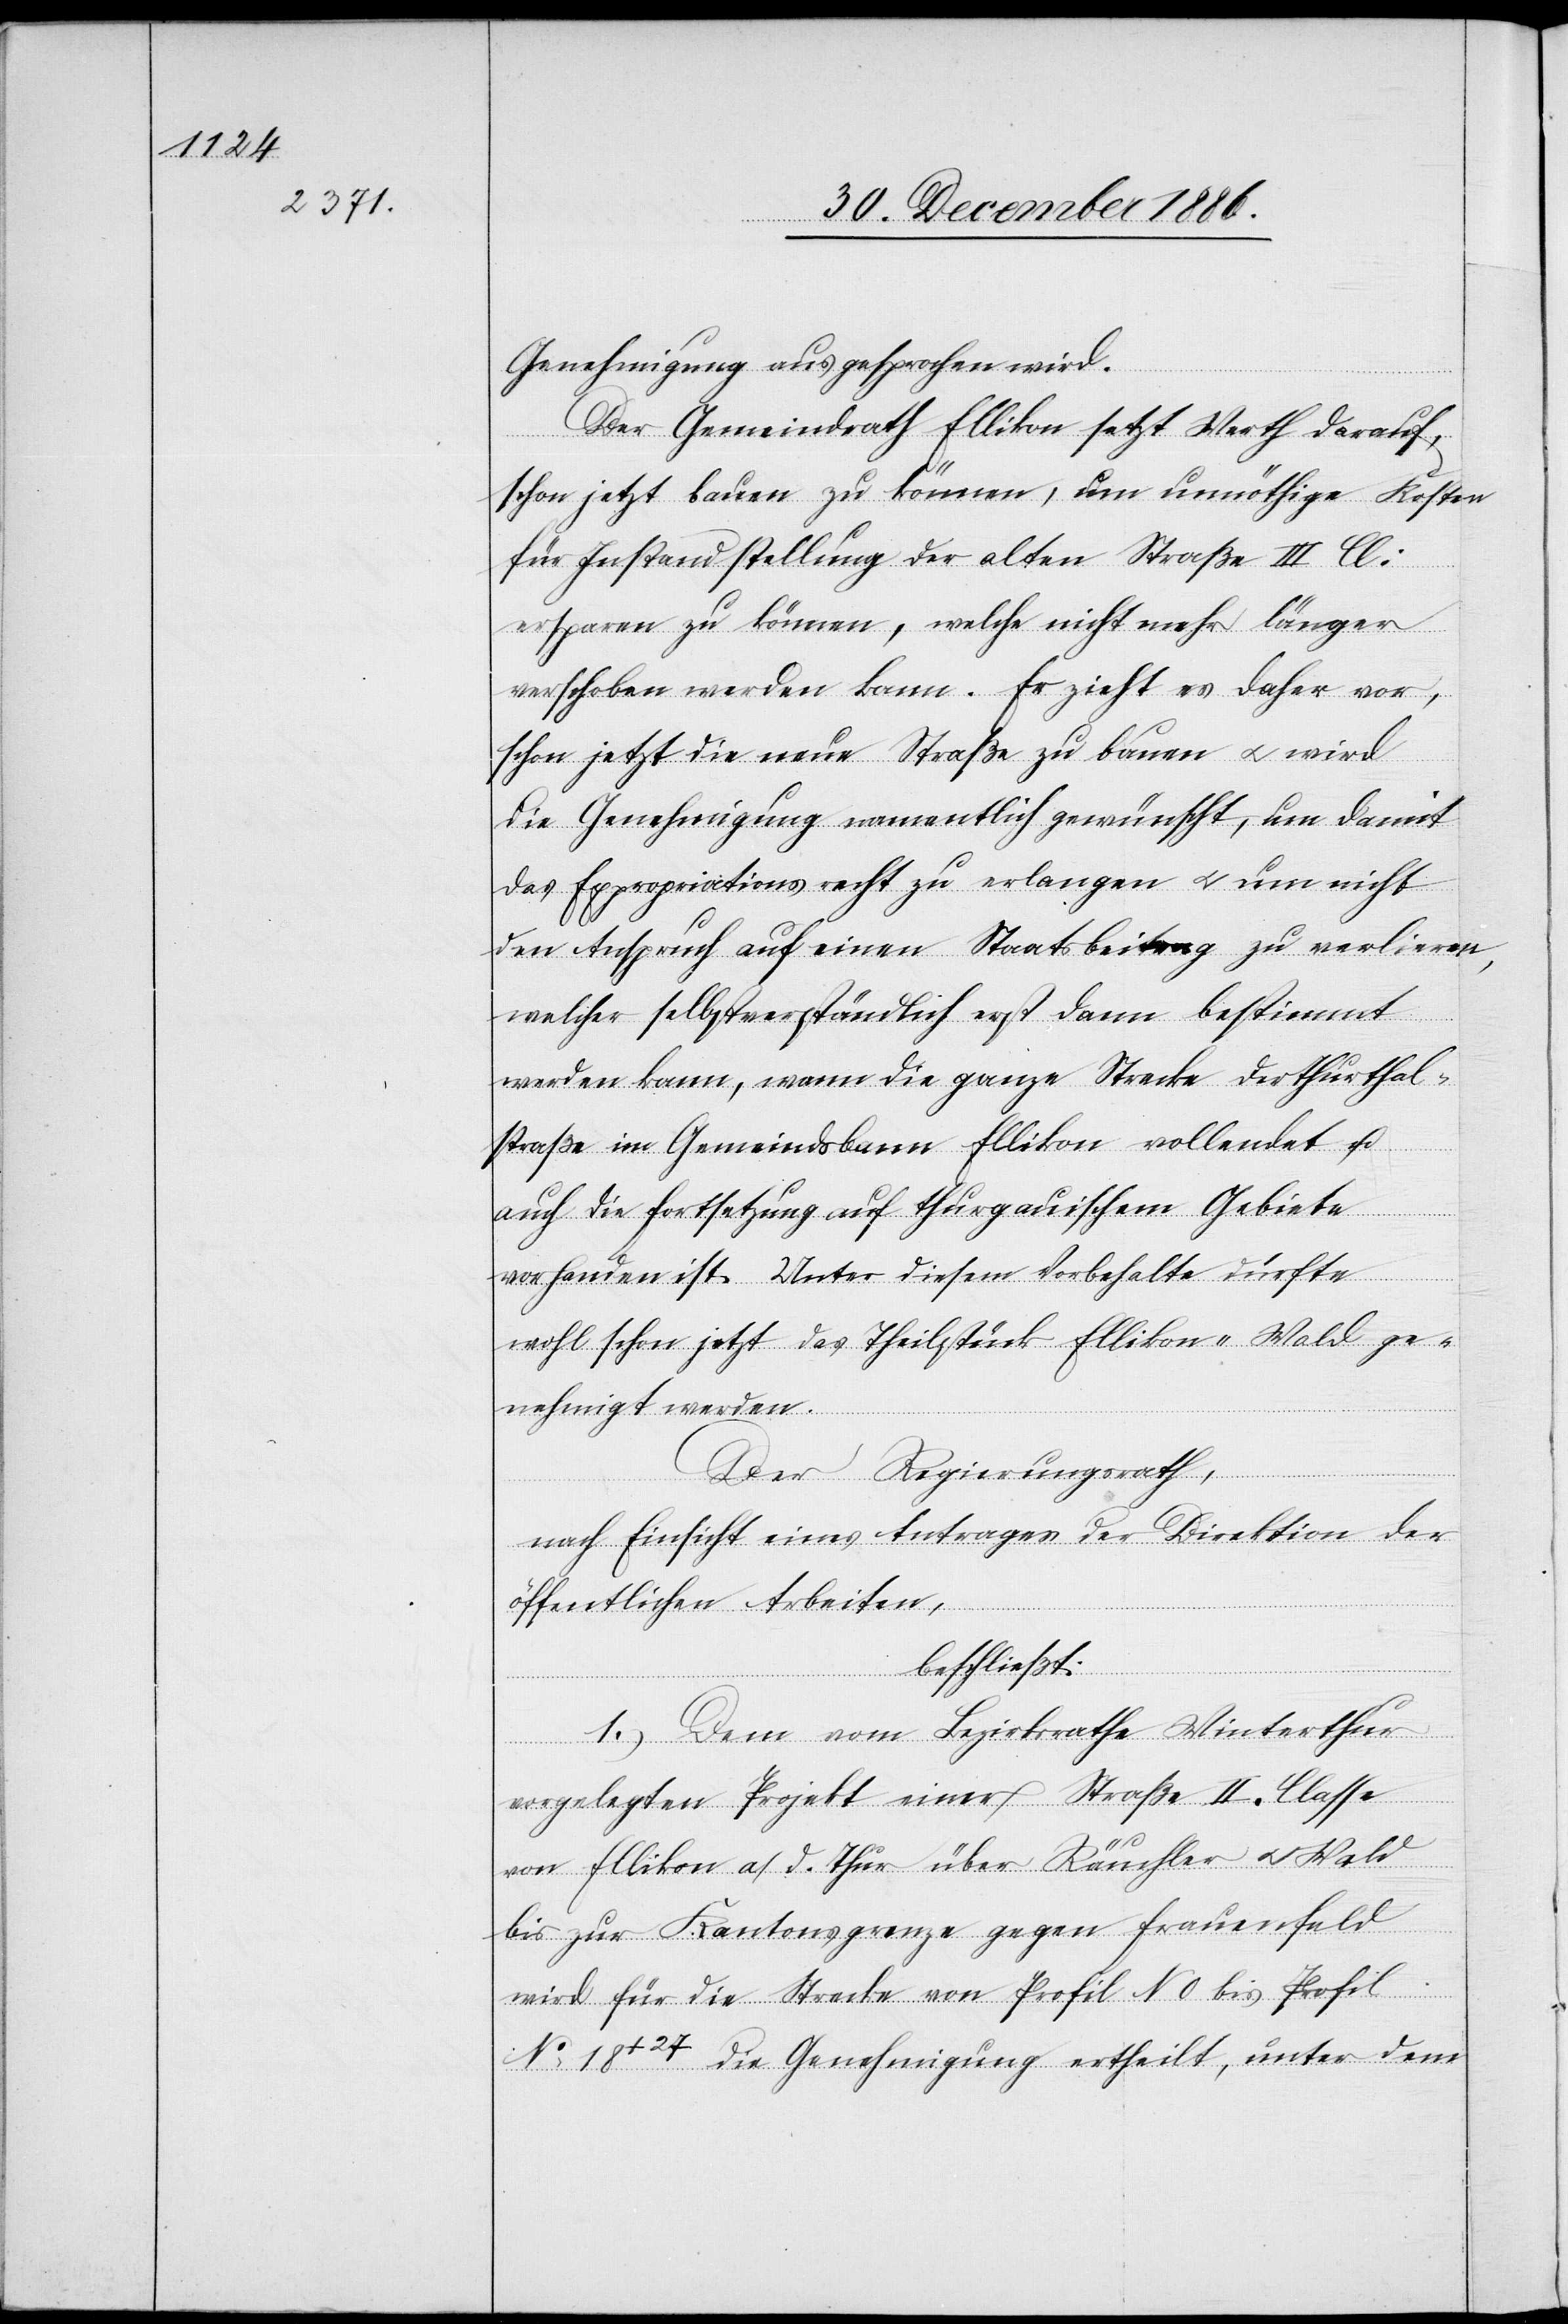
Genehmigung ausgesprochen wird.
Der Gemeindrath Ellikon setzt Werth darauf,
schon jetzt bauen zu können, um unnöthige Kosten
für Instandstellung der alten Straße III Cl:
ersparen zu können, welche nicht mehr länger
verschoben werden kann. Er zieht es daher vor,
schon jetzt die neue Straße zu bauen & wird
die Genehmigung namentlich gewünscht, um damit
das Expropriationsrecht zu erlangen & um nicht
den Anspruch auf einen Staatsbeitrag zu verlieren,
welcher selbstverständlich erst dann bestimmt
werden kann, wann die ganze Strecke der Thurthal¬
straße im Gemeindsbann Ellikon vollendet u.
auch die Fortsetzung auf thurgauischem Gebiete
vorhanden ist. Unter diesem Vorbehalte dürfte
wohl schon jetzt das Theilstück Ellikon–Wald ge¬
nehmigt werden.
Der Regierungsrath,
nach Einsicht eines Antrages der Direktion der
öffentlichen Arbeiten,
beschließt:
1.) Dem vom Bezirksrathe Winterthur
vorgelegten Projekt einer Straße II. Classe
von Ellikon a./d. Thur über Räuchler & Wald
bis zur Kantonsgrenze gegen Frauenfeld
wird für die Strecke von Profil N 0 bis Profil
No 18+27 die Genehmigung ertheilt, unter dem